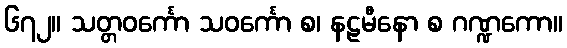
၆၇၂။ သတ္တဝင်္ကော သဝင်္ကော စ၊ နဠမီနော စ ဂဏ္ဍကော။